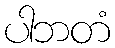
ပါဘတံ